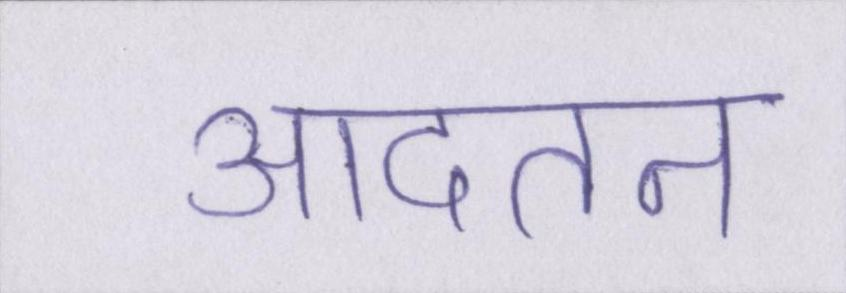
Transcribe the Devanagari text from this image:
आदतन